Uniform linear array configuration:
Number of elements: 8
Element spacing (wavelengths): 0.75
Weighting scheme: hann
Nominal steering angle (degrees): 60
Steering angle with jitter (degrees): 58.905
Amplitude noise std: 0.05
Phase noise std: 0.05

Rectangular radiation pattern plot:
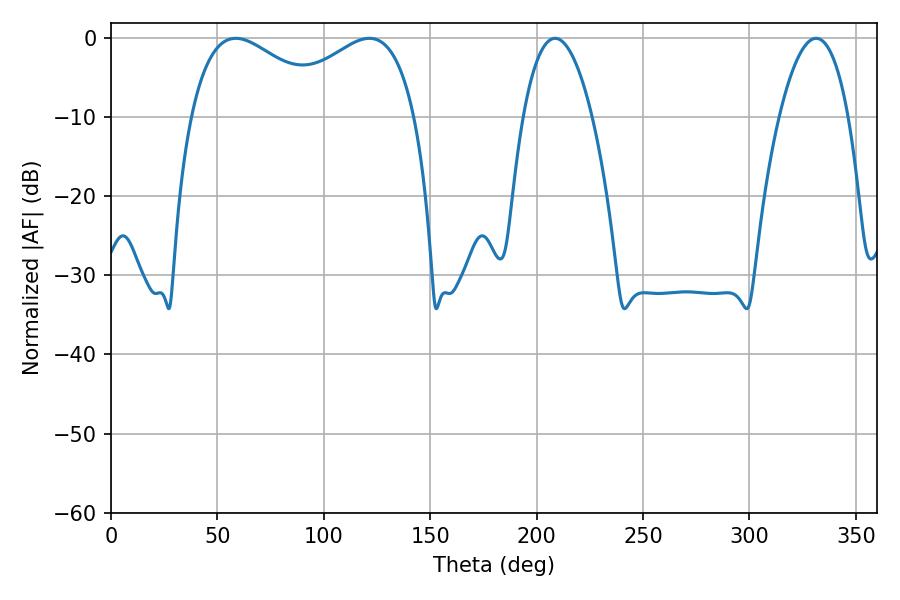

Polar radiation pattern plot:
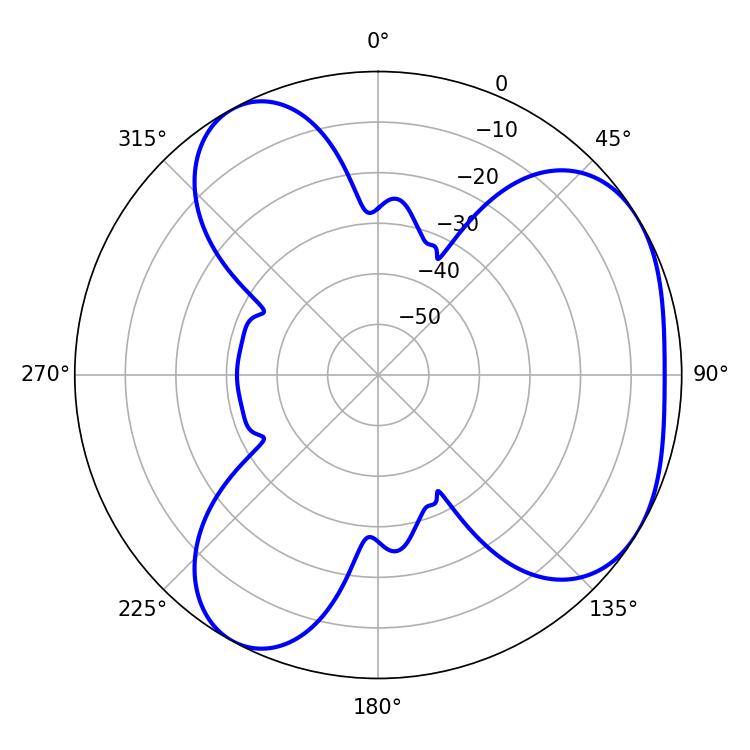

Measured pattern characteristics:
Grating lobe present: TRUE
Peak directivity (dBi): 4.337
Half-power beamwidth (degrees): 37.08
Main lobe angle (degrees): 58.68